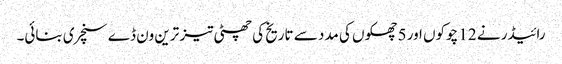
رائیڈر نے 12 چوکوں اور 5 چھکوں کی مدد سے تاریخ کی چھٹی تیز ترین ون ڈے سنچری بنائی۔